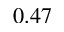
0 . 4 7